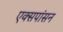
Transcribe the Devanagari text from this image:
एक्सपांसन